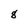
Character: 8